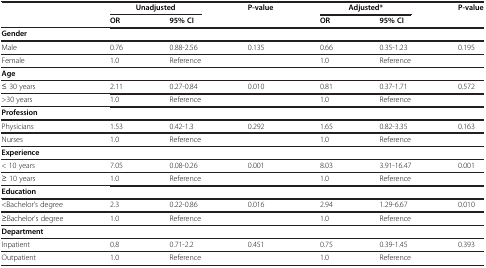
<table><thead><tr><td><b> </b></td><td colspan="2"><b>Unadjusted</b></td><td><b>P-value</b></td><td colspan="2"><b>Adjusted*</b></td><td><b>P-value</b></td></tr><tr><td><b> </b></td><td><b>OR</b></td><td><b>95% CI</b></td><td><b> </b></td><td><b>OR</b></td><td><b>95% CI</b></td><td><b> </b></td></tr></thead><tbody><tr><td colspan="7"><b>Gender</b></td></tr><tr><td>Male</td><td>0.76</td><td>0.88-2.56</td><td>0.135</td><td>0.66</td><td>0.35-1.23</td><td>0.195</td></tr><tr><td>Female</td><td>1.0</td><td>Reference</td><td> </td><td>1.0</td><td>Reference</td><td> </td></tr><tr><td colspan="7"><b>Age</b></td></tr><tr><td>≤ 30 years</td><td>2.11</td><td>0.27-0.84</td><td>0.010</td><td>0.81</td><td>0.37-1.71</td><td>0.572</td></tr><tr><td>&gt;30 years</td><td>1.0</td><td>Reference</td><td> </td><td>1.0</td><td>Reference</td><td> </td></tr><tr><td colspan="7"><b>Profession</b></td></tr><tr><td>Physicians</td><td>1.53</td><td>0.42-1.3</td><td>0.292</td><td>1.65</td><td>0.82-3.35</td><td>0.163</td></tr><tr><td>Nurses</td><td>1.0</td><td>Reference</td><td> </td><td>1.0</td><td>Reference</td><td> </td></tr><tr><td colspan="7"><b>Experience</b></td></tr><tr><td>&lt; 10 years</td><td>7.05</td><td>0.08-0.26</td><td>0.001</td><td>8.03</td><td>3.91-16.47</td><td>0.001</td></tr><tr><td>≥ 10 years</td><td>1.0</td><td>Reference</td><td> </td><td>1.0</td><td>Reference</td><td> </td></tr><tr><td colspan="7"><b>Education</b></td></tr><tr><td>&lt;Bachelor’s degree</td><td>2.3</td><td>0.22-0.86</td><td>0.016</td><td>2.94</td><td>1.29-6.67</td><td>0.010</td></tr><tr><td>≥Bachelor’s degree</td><td>1.0</td><td>Reference</td><td> </td><td>1.0</td><td>Reference</td><td> </td></tr><tr><td colspan="7"><b>Department</b></td></tr><tr><td>Inpatient</td><td>0.8</td><td>0.71-2.2</td><td>0.451</td><td>0.75</td><td>0.39-1.45</td><td>0.393</td></tr><tr><td>Outpatient</td><td>1.0</td><td>Reference</td><td> </td><td>1.0</td><td>Reference</td><td> </td></tr></tbody></table>